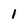
Character: 1